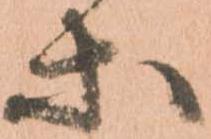
等